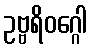
ဥဗ္ဗရိဝဂ္ဂေါ